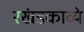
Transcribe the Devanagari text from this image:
रखंडकाव्ये